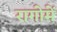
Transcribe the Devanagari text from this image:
रागोमें